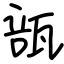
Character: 瓿